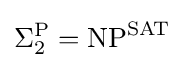
\Sigma _{2}^{\mathrm {P} }=\mathrm {NP} ^{\mathrm {SAT} }